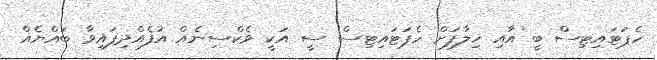
ހެޕަޓައިޓިސް ބީ އާއި ޚިލާފަށް ހެޕަޓައިޓިސް ސީ އަކީ ވެކްސިނެއް އުފެއްދިފައިވާ ބައްޔެއް